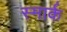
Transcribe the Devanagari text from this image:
स्मार्क